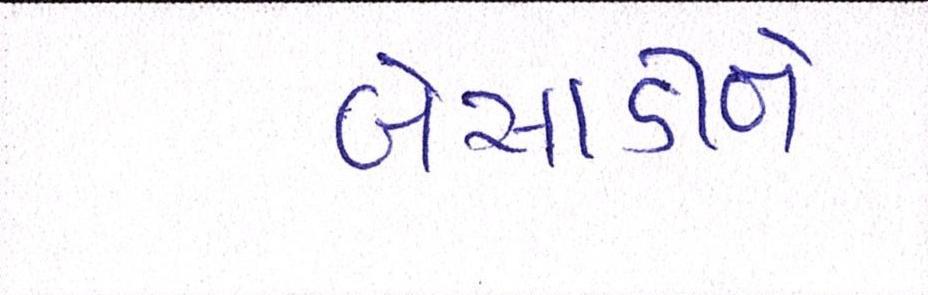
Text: બેસાડીને